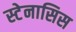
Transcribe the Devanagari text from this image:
स्टेनासिस